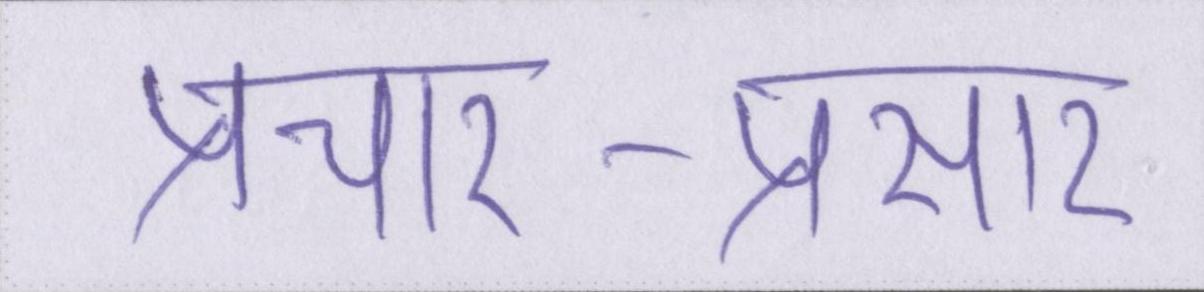
प्रचार-प्रसार